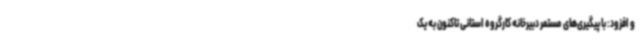
و افزود: با پیگیری‌های مستمر دبیرخانه کارگروه استانی تاکنون به یک